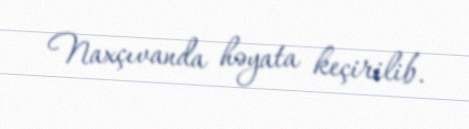
Naxçıvanda həyata keçirilib.